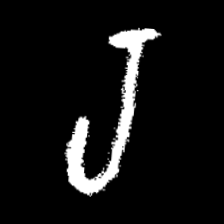
Pyu character \u2014 Myanmar letter: ရ (romanized: ra)